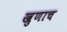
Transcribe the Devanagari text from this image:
खुणाच